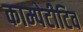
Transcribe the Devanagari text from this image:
काम्पेटीटिव